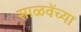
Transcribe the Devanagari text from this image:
साळवेंच्या